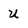
Character: U